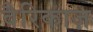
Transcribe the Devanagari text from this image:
वैरिकाज़